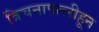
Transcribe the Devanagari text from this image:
त्रिचनापल्लीहून